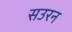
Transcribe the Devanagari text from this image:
सउरन